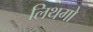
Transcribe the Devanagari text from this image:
लिथगो